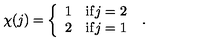
\chi ( j ) = \left\{ \begin{array} { c l } { 1 } & { \mathrm { i f } j = 2 } \\ { 2 } & { \mathrm { i f } j = 1 } \\ \end{array} \right. \ .